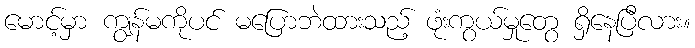
မောင့်မှာ ကျွန်မကိုပင် မပြောဘဲထားသည့် ဖုံးကွယ်မှုတွေ ရှိနေပြီလား။